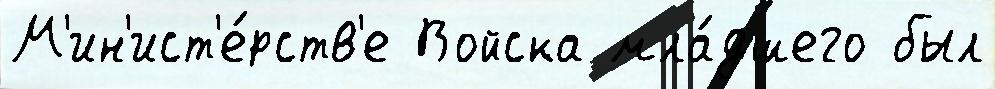
М'ин'ист'е́рств'е Войска мла́дшего был